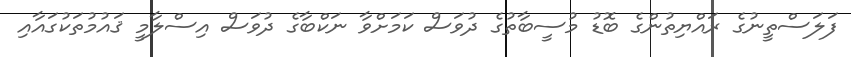
ފަލަސްތީނުގެ ރައްޔިތުންގެ ބޮޑު މުސީބާތުގެ ދުވަސް ކަމަށްވާ ނަކްބާގެ ދުވަސް އިސްލާމީ ޤައުމުތަކުގައާއި